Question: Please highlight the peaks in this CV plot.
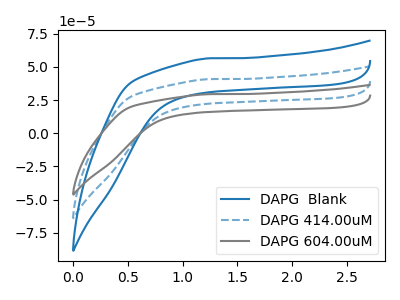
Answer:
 <answer>The blue curve "DAPG  Blank" has no peaks. The blue dashed curve "DAPG 414.00uM" has no peaks. The gray curve "DAPG 604.00uM" has no peaks.</answer>
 <eval></eval>